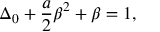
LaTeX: \Delta _ { 0 } + \frac { a } { 2 } \beta ^ { 2 } + \beta = 1 ,